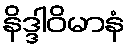
နိဒ္ဒါဝိမာနံ